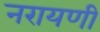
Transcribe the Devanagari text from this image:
नरायणी